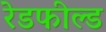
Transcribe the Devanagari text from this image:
रेडफील्ड